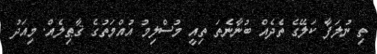
ތި ނުލަފާ ކަލޭގެ ތެދެއް ބުނާނެތަ ތިއީ މުސްލިމު އުއްމަތުގެ ޤާޠިލެއް. މިއަދު